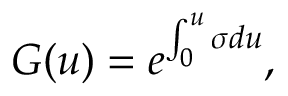
G ( u ) = e ^ { \int _ { 0 } ^ { u } \sigma d u } ,